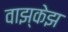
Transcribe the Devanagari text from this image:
वाझ्केझ